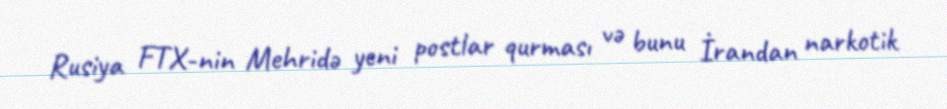
Rusiya FTX-nin Mehridə yeni postlar qurması və bunu İrandan narkotik